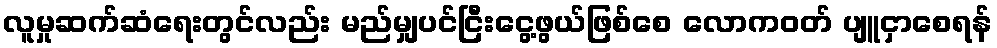
လူမှုဆက်ဆံရေးတွင်လည်း မည်မျှပင်ငြီးငွေ့ဖွယ်ဖြစ်စေ လောကဝတ် ပျူငှာစေရန်